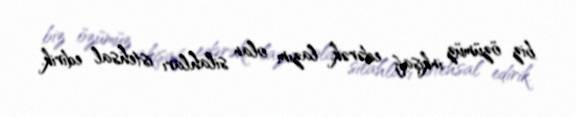
biz özümüz inkişaf edərək, lazım olan silahları istehsal edirik.